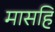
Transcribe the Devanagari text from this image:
मासहि